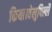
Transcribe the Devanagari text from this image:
किया।वेलुपिल्लै